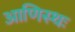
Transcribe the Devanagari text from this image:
आणिस्थः